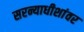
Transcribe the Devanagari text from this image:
सरन्याधीशांवर